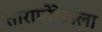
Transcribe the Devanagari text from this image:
तारापोरेवाला